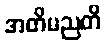
အတိမညတိ